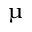
\upmu